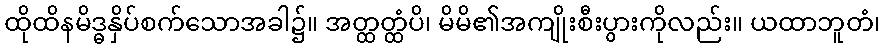
ထိုထိနမိဒ္ဓနှိပ်စက်သောအခါ၌။ အတ္ထတ္ထံပိ၊ မိမိ၏အကျိုးစီးပွားကိုလည်း။ ယထာဘူတံ၊